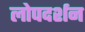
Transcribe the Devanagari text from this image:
लोपदर्शन